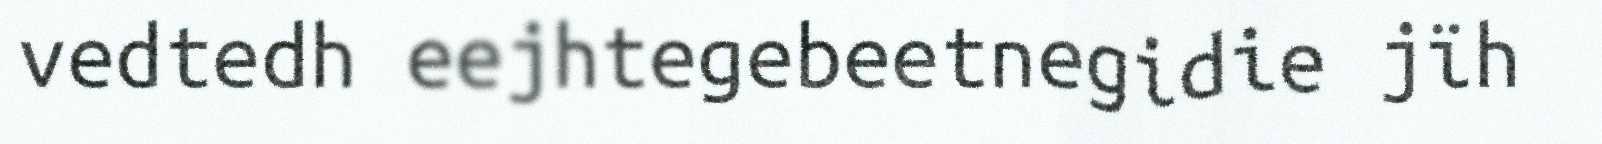
vedtedh eejhtegebeetnegidie jïh